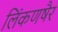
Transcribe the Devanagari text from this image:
लिंकणषैर